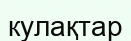
кулақтар